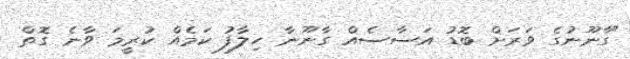
"ގާނޫނުގެ ވަރަށް ބޮޑު އަސާސެއް ގާނޫނާ ހިލާފު ކަމެއް ކުރީމަ ވާނެ ގޮތް